Riigikantselei, lk 12
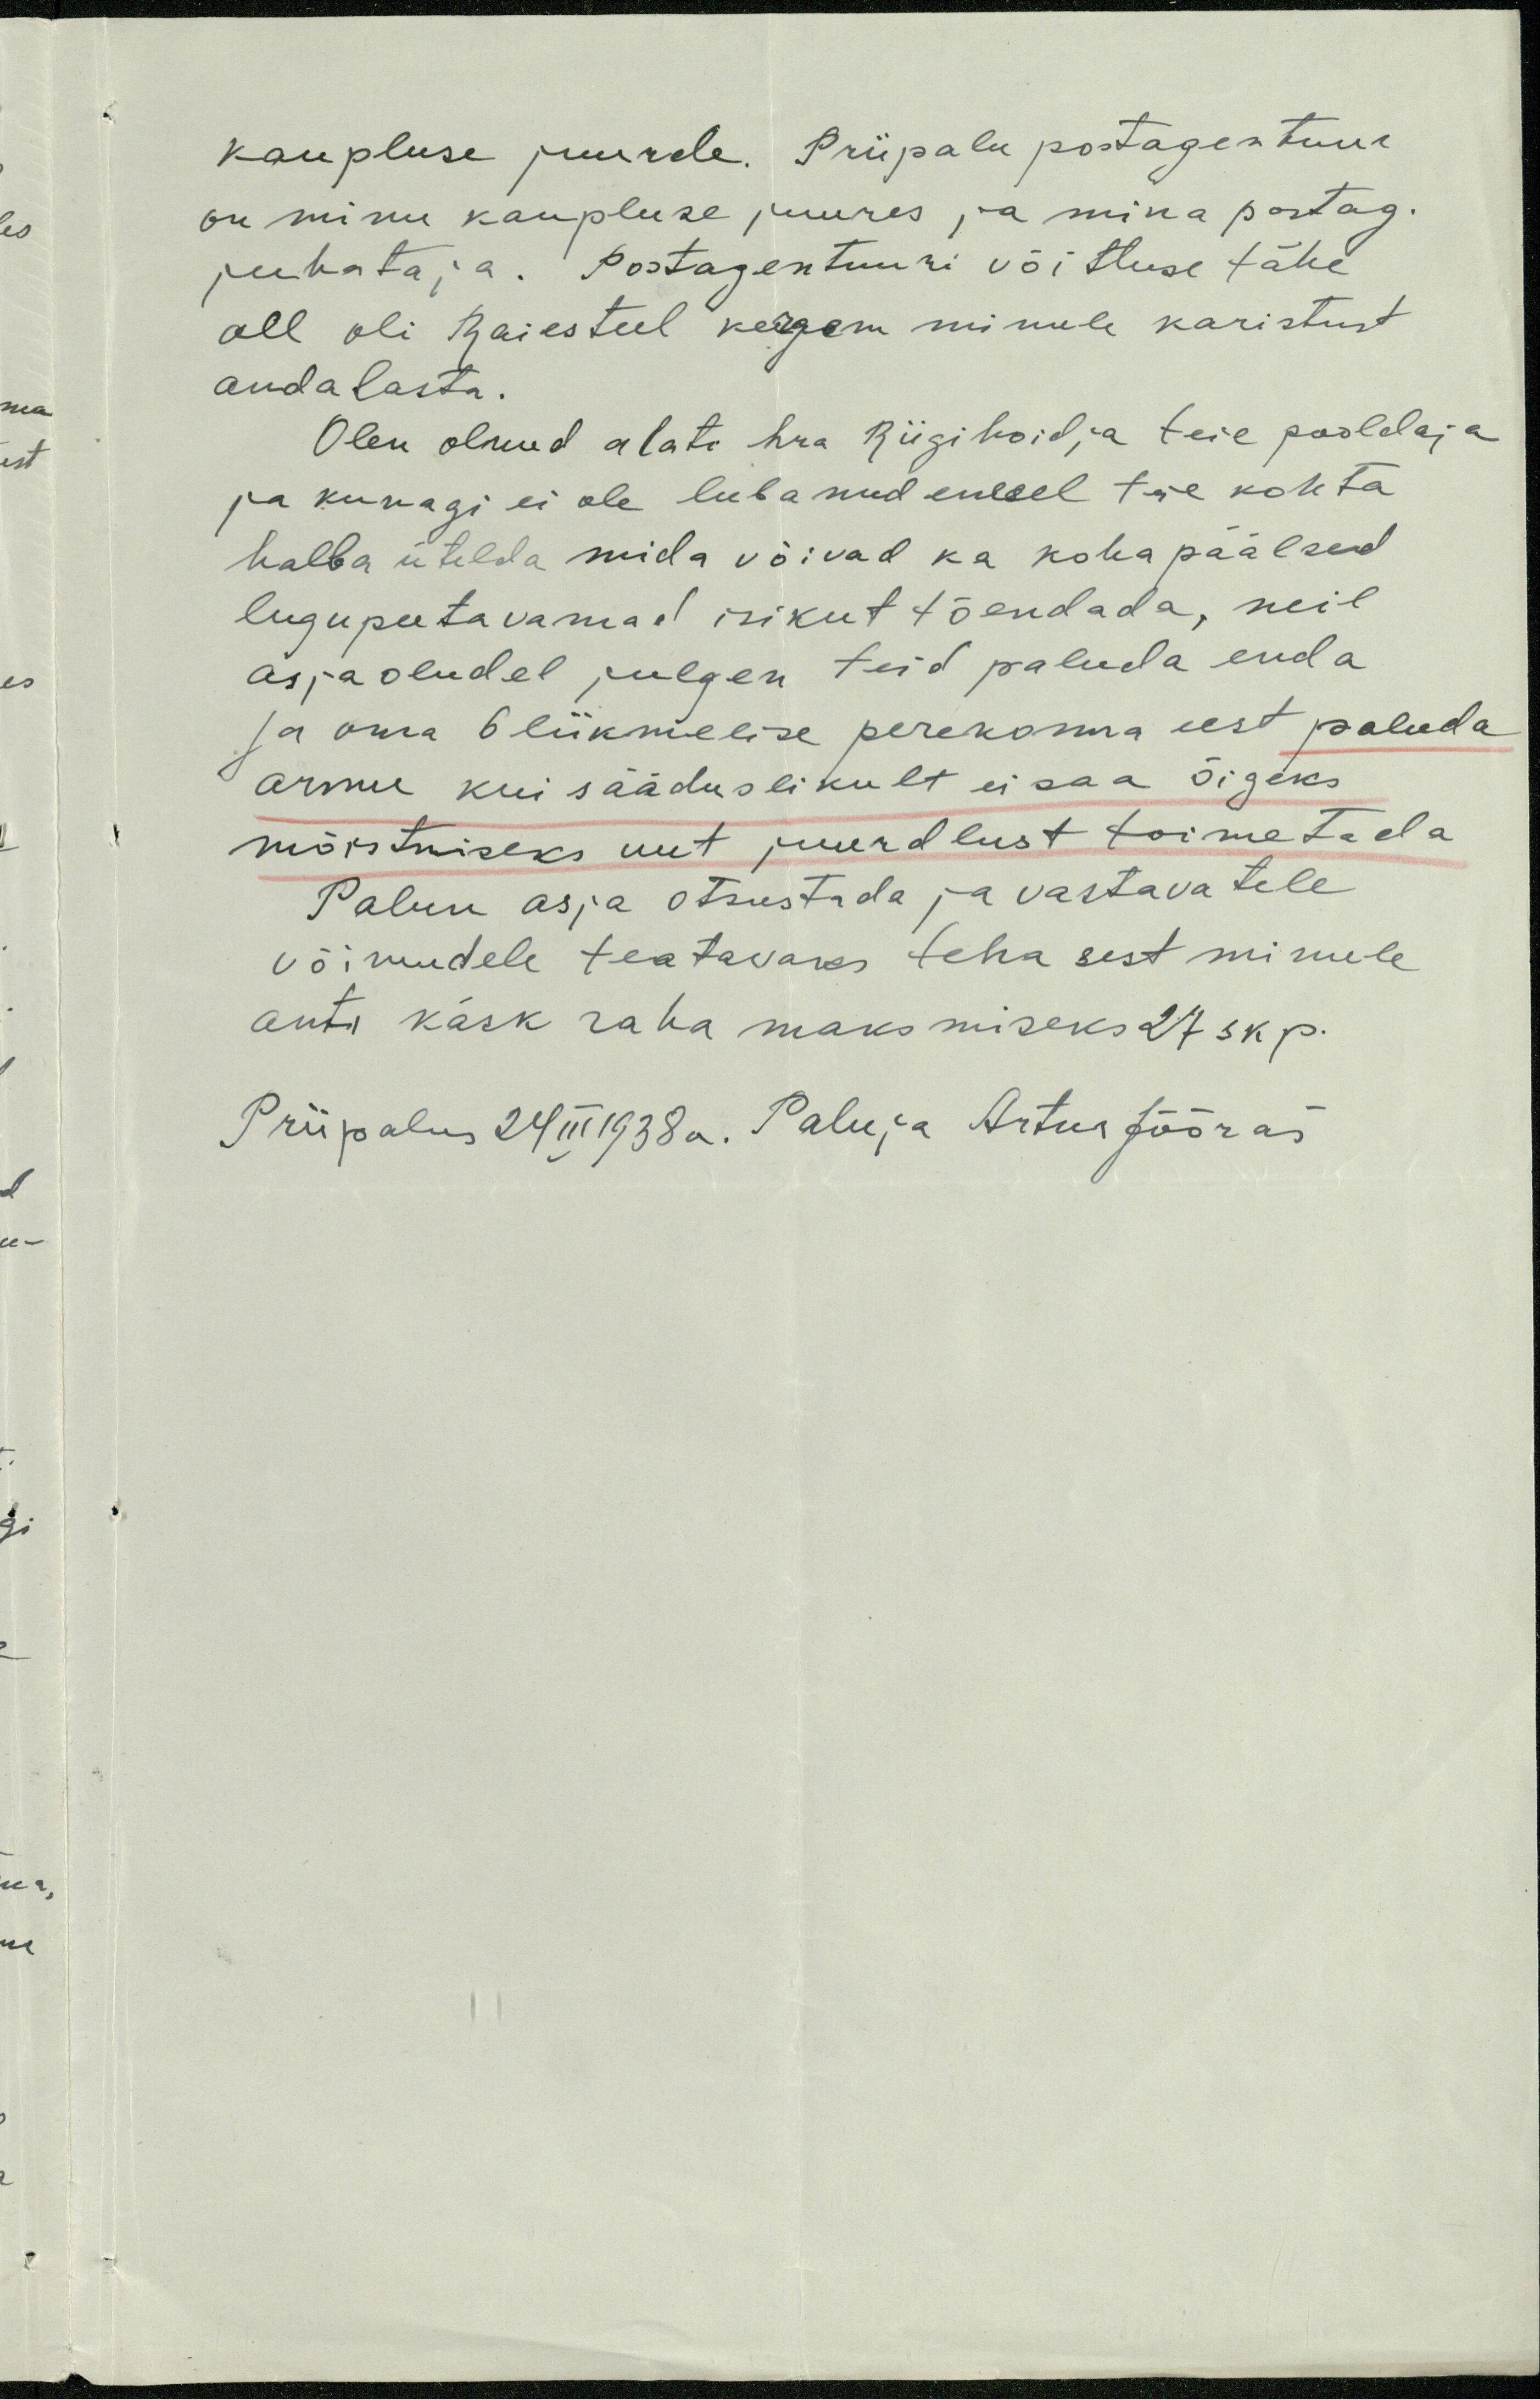
kaupluse juurde. Priipalu postagentuur
on minu kaupluse juures ja mina postag.
juhataja. Postagentuuri võitluse tähe
all oli Raiesteel kergem minule karistust
anda lasta.
Olen olnud alati hra Riigihoidja teie pooldaja
ja kunagi ei ole lubanud enesel teie kohta
halba ütelda mida võivad ka koha päälsed
lugupeetavamad isikut tõendada, neil
asjaoludel julgen teid paluda enda
ja oma 6 liikmelise perekonna eest paluda
armu kui sääduslikult ei saa õigeks
mõistmiseks uut juurdlust toimetada
Palun asja otsustada ja vastavatele
võimudele teatavaks teha sest minule
anti käsk raha maksmiseks 27 skp.
Priipalus 24 III 1938a. Paluja Artur Jööras